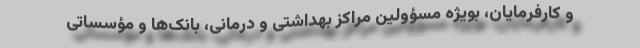
و کارفرمایان، بویژه مسؤولین مراکز بهداشتی و درمانی، بانک‌ها و مؤسساتی